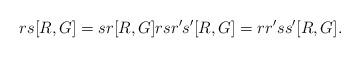
LaTeX: \begin{align*}rs[R,G]=sr[R,G]rsr's'[R,G]=rr'ss'[R,G].\end{align*}